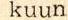
kuun